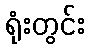
ရုံးတွင်း